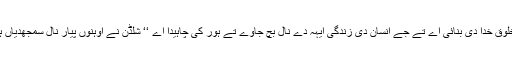
ایہہ ساری مخلوق خدا دی بنائی اے تے جے انسان دی زندگی ایہہ دے نال بچ جاوے تے ہور کی چاہیدا اے ‘‘ شلڈن نے اوہنوں پیار نال سمجھدیاں ہویاں آکھیاں ـ۔